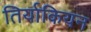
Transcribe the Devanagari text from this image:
तिर्याकियन